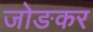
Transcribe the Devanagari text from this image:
जोङकर